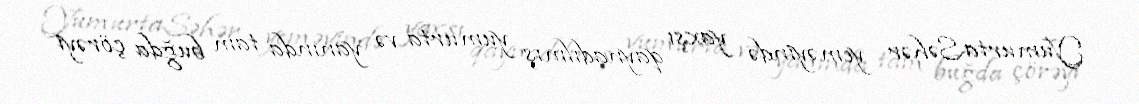
YumurtaSəhər yeməyində yaxşı qaynadılmış yumurta və yanında tam buğda çörəyi